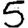
Digit: 5